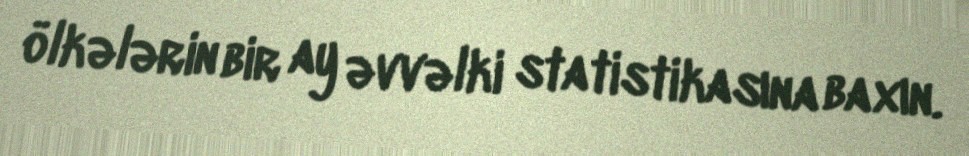
ölkələrin bir ay əvvəlki statistikasına baxın.